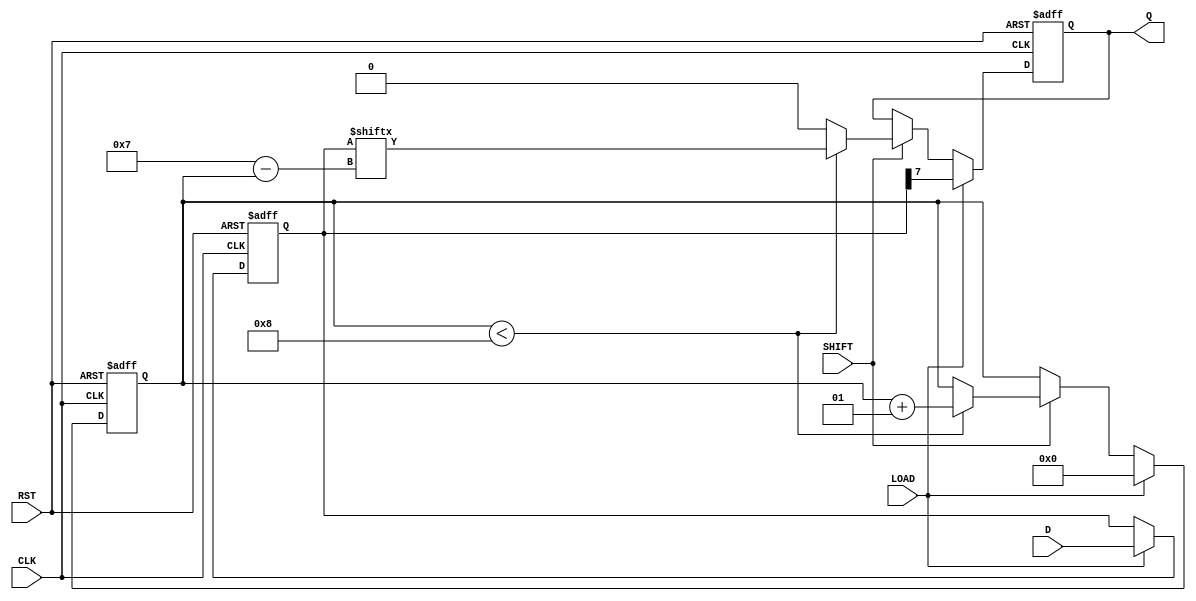
module dynamic_piso_register
#(
    parameter N = 8 // Parameter for width of the register
)
(
    input wire [N-1:0] D,     // Parallel Data Input
    input wire LOAD,           // Load Control Signal
    input wire SHIFT,          // Shift Control Signal
    input wire CLK,            // Clock Signal
    input wire RST,            // Reset Signal
    output reg Q               // Serial Output
);

    reg [N-1:0] register; // Internal register to store parallel data
    integer shift_count;   // Counter to keep track of shifts

    always @(posedge CLK or posedge RST) begin
        if (RST) begin
            // Asynchronous reset
            register <= {N{1'b0}}; // Clear the register
            Q <= 1'b0;             // Reset serial output
            shift_count <= 0;      // Reset shift counter
        end else begin
            if (LOAD) begin
                // Load parallel data into the register
                register <= D;
                Q <= register[N-1]; // Output the MSB for the first time
                shift_count <= 0;    // Reset shift counter when loading
            end else if (SHIFT) begin
                // Perform shift operation
                if (shift_count < N) begin
                    Q <= register[N-1 - shift_count]; // Shift out MSB first
                    shift_count <= shift_count + 1;   // Increment shift counter
                end else begin
                    Q <= 1'b0; // After all bits shifted out, set Q to 0
                end
            end
        end
    end

endmodule